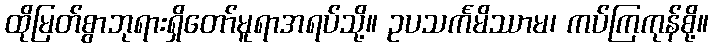
ထိုမြတ်စွာဘုရားရှိတော်မူရာအရပ်သို့။ ဥပသင်္ကမိဿာမ၊ ကပ်ကြကုန်စို့။